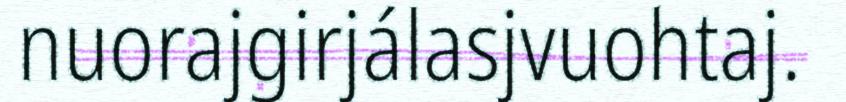
nuorajgirjálasjvuohtaj.